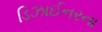
ડિઝાઈનરના